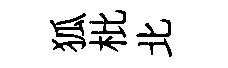
狐枇北